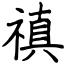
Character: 禛